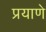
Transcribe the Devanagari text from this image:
प्रयाणे